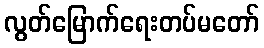
လွတ်မြောက်ရေးတပ်မတော်